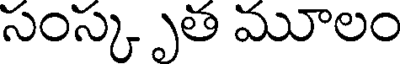
సంస్క ృత మూలం